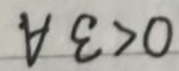
$\forall \varepsilon>0$